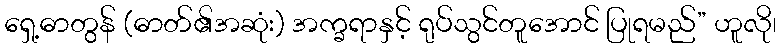
ရှေ့ဓာတွန် (ဓာတ်၏အဆုံး) အက္ခရာနှင့် ရုပ်သွင်တူအောင် ပြုရမည်” ဟူလို၊